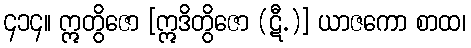
၄၁၄။ ဣတွိဇော [ဣဒိတွိဇော (ဋီ.)] ယာဇကော စာထ၊